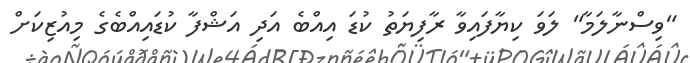
"ވިސްނާލަމާ" ލަވަ ކިޔާފައިވާ ރާފިޔަތު ކުޑަ އިއްބެ އަދި އަޝްފާ ކުޑައިއްބެގެ މިއުޒިކަށް